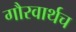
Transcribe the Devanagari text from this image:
गौरवार्थच